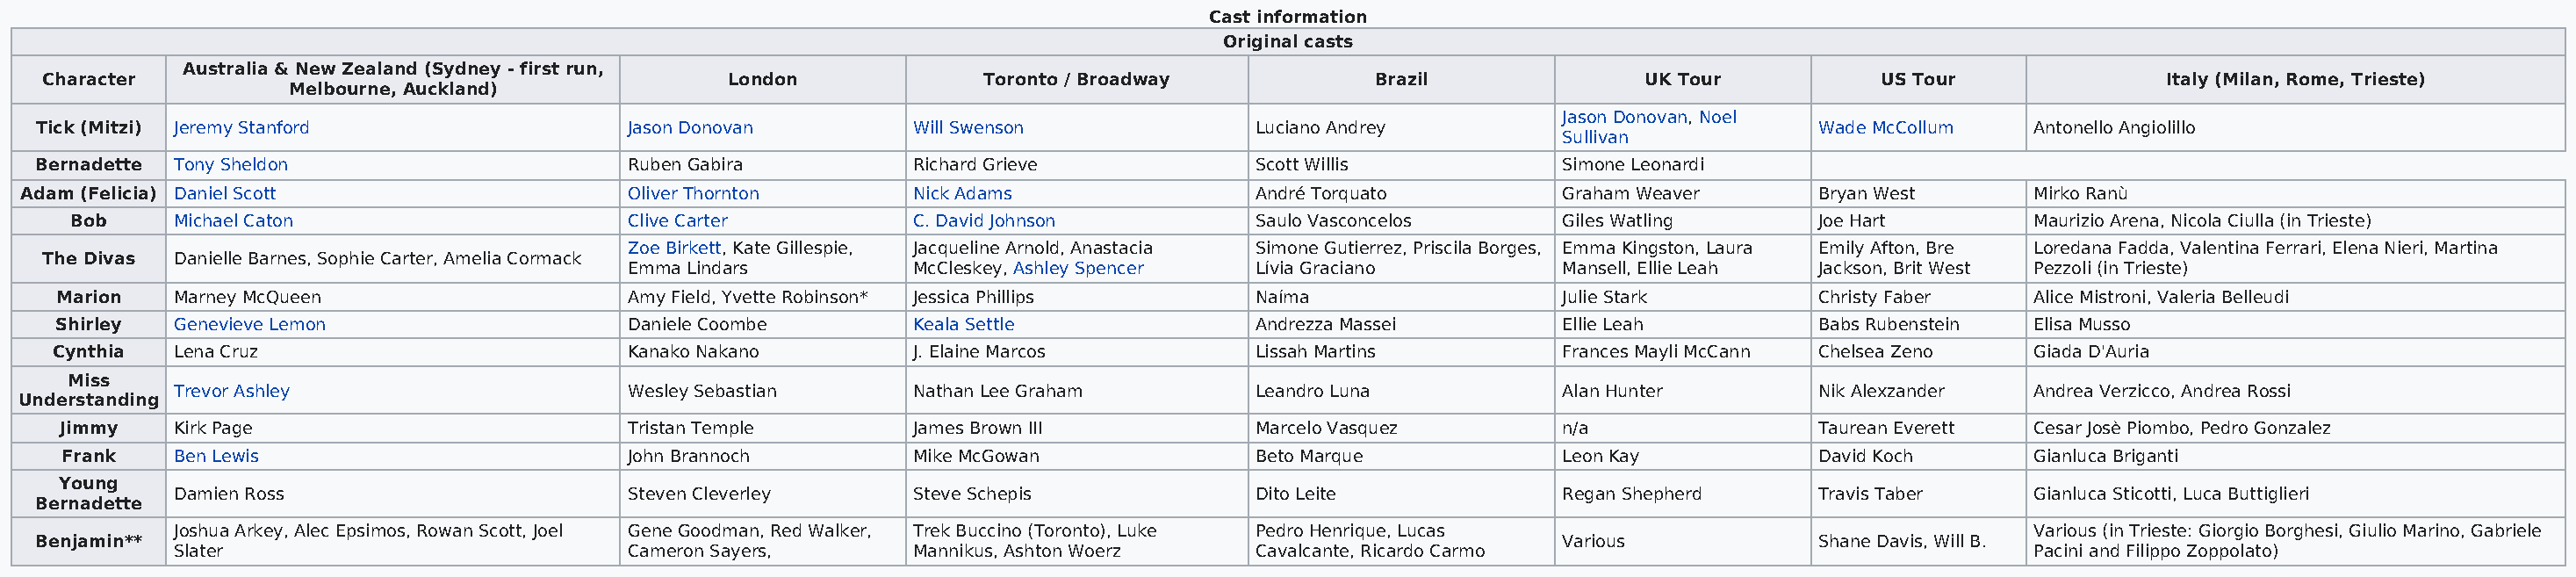
Cast information
 Original casts
 Australia & New Zealand (Sydney - first run,
 Character                                           London             Toronto / Broadway            Brazil              UK Tour           US Tour              Italy (Milan, Rome, Trieste)
 Melbourne, Auckland)
 Jason Donovan, Noel
 Tick (Mitzi) Jeremy Stanford                Jason Donovan         Will Swenson              Luciano Andrey                            Wade McCollum   Antonello Angiolillo
 Sullivan
 Bernadette Tony Sheldon                     Ruben Gabira          Richard Grieve            Scott Willis           Simone Leonardi
 Adam (Felicia) Daniel Scott                  Oliver Thornton       Nick Adams                André Torquato         Graham Weaver      Bryan West      Mirko Ranù
 Bob     Michael Caton                     Clive Carter          C. David Johnson          Saulo Vasconcelos      Giles Watling      Joe Hart        Maurizio Arena, Nicola Ciulla (in Trieste)
 Zoe Birkett, Kate Gillespie, Jacqueline Arnold, Anastacia Simone Gutierrez, Priscila Borges, Emma Kingston, Laura Emily Afton, Bre Loredana Fadda, Valentina Ferrari, Elena Nieri, Martina
 The Divas Danielle Barnes, Sophie Carter, Amelia Cormack
 Emma Lindars          McCleskey, Ashley Spencer Lívia Graciano         Mansell, Ellie Leah Jackson, Brit West Pezzoli (in Trieste)
 Marion   Marney McQueen                    Amy Field, Yvette Robinson* Jessica Phillips    Naíma                  Julie Stark        Christy Faber   Alice Mistroni, Valeria Belleudi
 Shirley  Genevieve Lemon                   Daniele Coombe        Keala Settle              Andrezza Massei        Ellie Leah         Babs Rubenstein Elisa Musso
 Cynthia  Lena Cruz                         Kanako Nakano         J. Elaine Marcos          Lissah Martins         Frances Mayli McCann Chelsea Zeno  Giada D'Auria
 Miss
 Trevor Ashley                     Wesley Sebastian      Nathan Lee Graham         Leandro Luna           Alan Hunter        Nik Alexzander  Andrea Verzicco, Andrea Rossi
 Understanding
 Jimmy    Kirk Page                         Tristan Temple        James Brown III           Marcelo Vasquez        n/a                Taurean Everett Cesar Josè Piombo, Pedro Gonzalez
 Frank   Ben Lewis                         John Brannoch         Mike McGowan              Beto Marque            Leon Kay           David Koch      Gianluca Briganti
 Young
 Damien Ross                       Steven Cleverley      Steve Schepis             Dito Leite             Regan Shepherd     Travis Taber    Gianluca Sticotti, Luca Buttiglieri
 Bernadette
 Joshua Arkey, Alec Epsimos, Rowan Scott, Joel Gene Goodman, Red Walker, Trek Buccino (Toronto), Luke Pedro Henrique, Lucas                  Various (in Trieste: Giorgio Borghesi, Giulio Marino, Gabriele
 Benjamin**                                                                                                         Various            Shane Davis, Will B.
 Slater                            Cameron Sayers,       Mannikus, Ashton Woerz    Cavalcante, Ricardo Carmo                                 Pacini and Filippo Zoppolato)